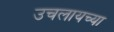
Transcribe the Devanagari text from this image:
उचलायच्या